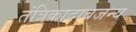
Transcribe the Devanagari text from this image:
तंत्रिकादाबजन्य